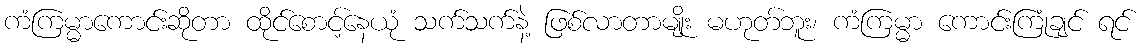
ကံကြမ္မာကောင်းဆိုတာ ထိုင်စောင့်နေယုံ သက်သက်နဲ့ ဖြစ်လာတာမျိုး မဟုတ်ဘူး၊ ကံကြမ္မာ ကောင်းကြုံချင် ရင်